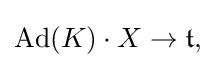
\displaystyle {\mathrm {Ad} (K)\cdot X\rightarrow {\mathfrak {t}},}